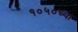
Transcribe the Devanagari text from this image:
१०५०च्या